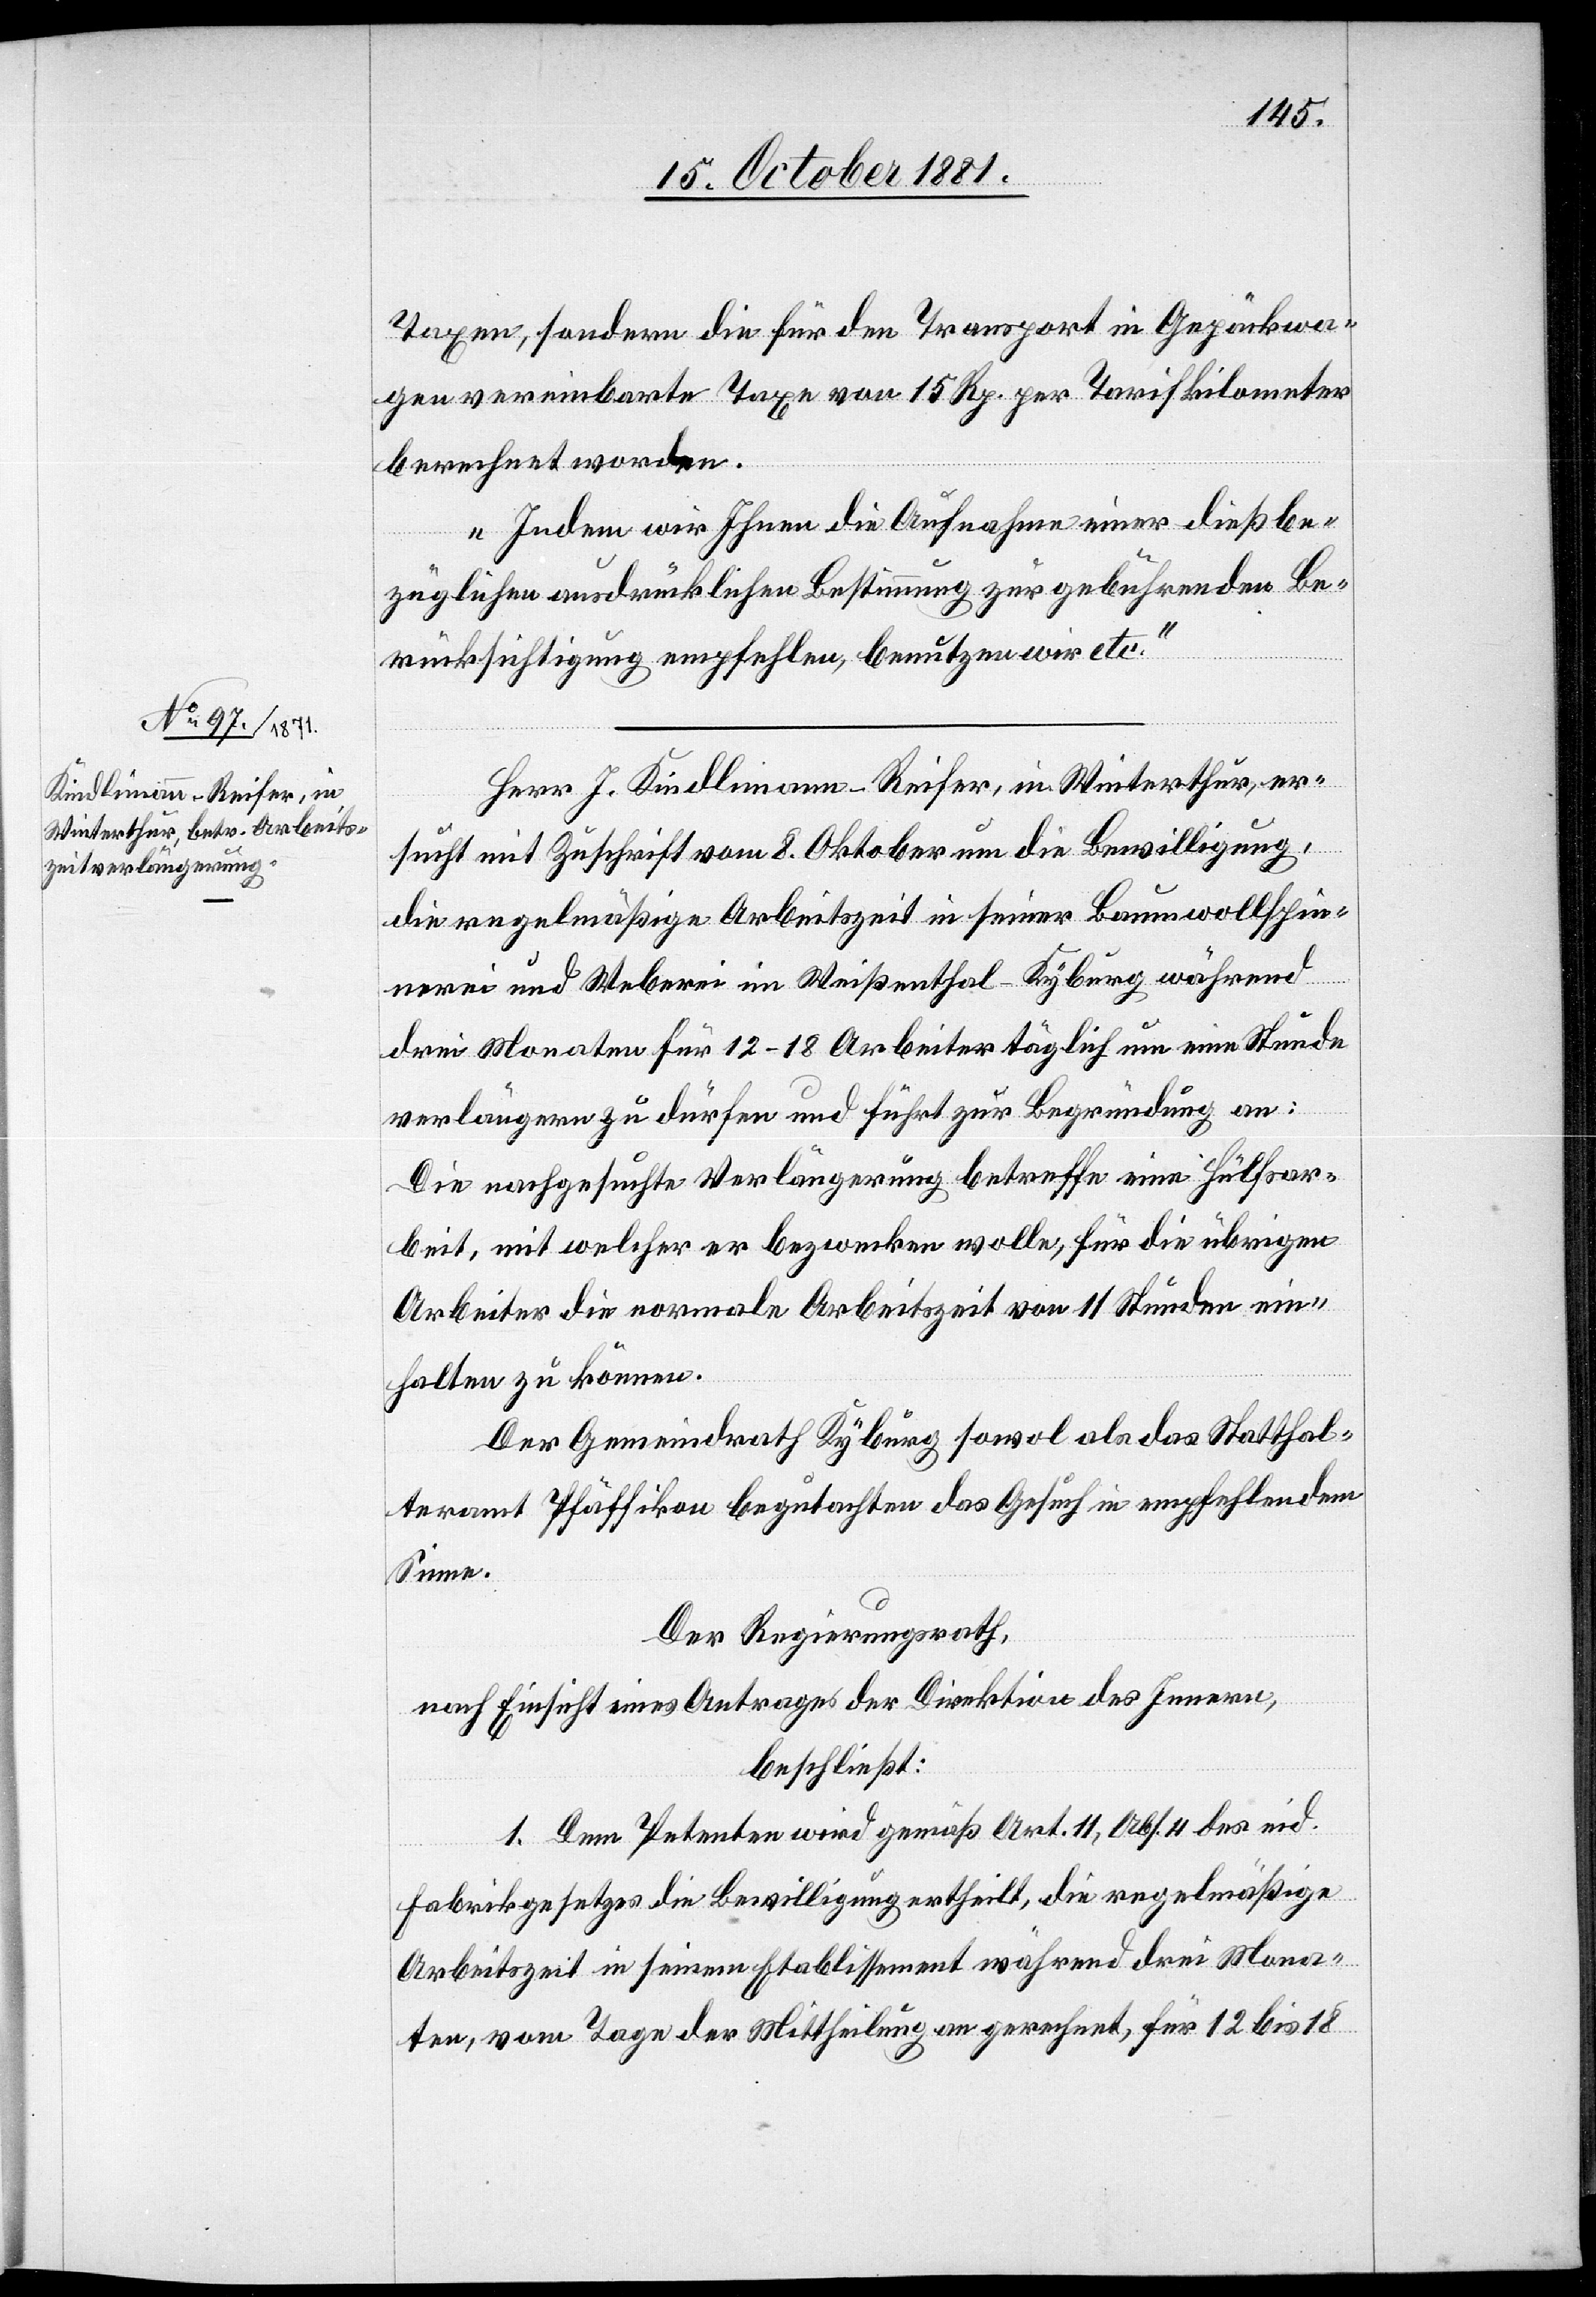
Taxen, sondern die für den Transport in Gepäckwa¬
gen vereinbarte Taxe von 15 Rp. per Tarifkilometer
berechnet worden.
Indem wir Ihnen die Aufnahme einer dießbe¬
züglichen ausdrücklichen Bestimmung zur gebührenden Be¬
rücksichtigung empfehlen, benützen wir etc.“
Herr J. Kindlimann-Reifer, in Winterthur, er¬
sucht mit Zuschrift vom 8. Oktober um die Bewilligung,
die regelmäßige Arbeitszeit in seiner Baumwollspin¬
nerei und Weberei im Weißenthal - Kyburg während
drei Monaten für 12–18 Arbeiter täglich um eine Stunde
verlängern zu dürfen und führt zur Begründung an:
Die nachgesuchte Verlängerung betreffe eine Hülfsar¬
beit, mit welcher er bezwecken wolle, für die übrigen
Arbeiter die normale Arbeitszeit von 11 Stunden ein¬
halten zu können.
Der Gemeindrath Kyburg sowol als das Statthal¬
teramt Pfäffikon begutachten das Gesuch in empfehlendem
Sinne.
Der Regierungsrath,
nach Einsicht eines Antrages der Direktion des Innern,
beschließt:
1. Dem Petenten wird gemäß Art. 11, Abs. 4 des eid.
Fabrikgesetzes die Bewilligung ertheilt, die regelmäßige
Arbeitszeit in seinem Etablissement während drei Mona¬
ten, vom Tage der Mittheilung an gerechnet, für 12 bis 18